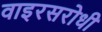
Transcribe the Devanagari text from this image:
वाइरसरोधी